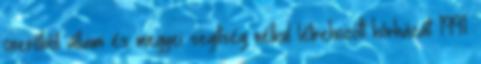
önerőből állami és megyei segítség nélkül létrehozott kórházát 1991.